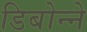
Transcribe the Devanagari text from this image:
डिबोन्ने